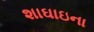
શાઘાઇના